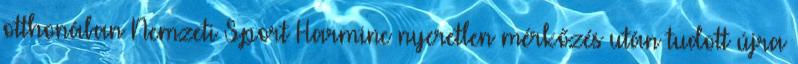
otthonában Nemzeti Sport Harminc nyeretlen mérkőzés után tudott újra